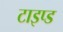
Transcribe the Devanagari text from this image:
टाइप्ड